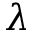
\lambda